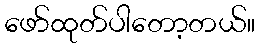
ဖော်ထုတ်ပါတော့တယ်။